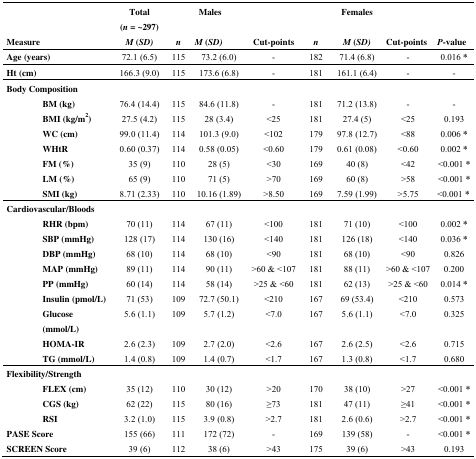
<table><thead><tr><td colspan="3"></td><td><b>Total (<i>n</i> = ~297)</b></td><td></td><td><b>Males</b></td><td></td><td></td><td><b>Females</b></td><td></td><td></td></tr><tr><td colspan="3"><b>Measure</b></td><td><b><i>M</i> (<i>SD)</i></b></td><td><b><i>n</i></b></td><td><b><i>M</i> (<i>SD)</i></b></td><td><b>Cut-points</b></td><td><b><i>n</i></b></td><td><b><i>M</i> (<i>SD)</i></b></td><td><b>Cut-points</b></td><td><b><i>P</i>-value</b></td></tr></thead><tbody><tr><td colspan="3"><b>Age (years)</b></td><td>72.1 (6.5)</td><td>115</td><td>73.2 (6.0)</td><td>-</td><td>182</td><td>71.4 (6.8)</td><td>-</td><td>0.016 *</td></tr><tr><td colspan="3"><b>Ht (cm)</b></td><td>166.3 (9.0)</td><td>115</td><td>173.6 (6.8)</td><td>-</td><td>181</td><td>161.1 (6.4)</td><td>-</td><td>-</td></tr><tr><td colspan="3"><b>Body Composition</b></td><td></td><td></td><td></td><td></td><td></td><td></td><td></td><td></td></tr><tr><td></td><td colspan="2"><b>BM (kg)</b></td><td>76.4 (14.4)</td><td>115</td><td>84.6 (11.8)</td><td>-</td><td>181</td><td>71.2 (13.8)</td><td>-</td><td>-</td></tr><tr><td></td><td colspan="2"><b>BMI (kg/m<sup>2</sup>)</b></td><td>27.5 (4.2)</td><td>115</td><td>28 (3.4)</td><td>&lt;25</td><td>181</td><td>27.4 (5)</td><td>&lt;25</td><td>0.193</td></tr><tr><td></td><td colspan="2"><b>WC (cm)</b></td><td>99.0 (11.4)</td><td>114</td><td>101.3 (9.0)</td><td>&lt;102</td><td>179</td><td>97.8 (12.7)</td><td>&lt;88</td><td>0.006 *</td></tr><tr><td></td><td colspan="2"><b>WHtR</b></td><td>0.60 (0.37)</td><td>114</td><td>0.58 (0.05)</td><td>&lt;0.60</td><td>179</td><td>0.61 (0.08)</td><td>&lt;0.60</td><td>0.002 *</td></tr><tr><td></td><td colspan="2"><b>FM (%)</b></td><td>35 (9)</td><td>110</td><td>28 (5)</td><td>&lt;30</td><td>169</td><td>40 (8)</td><td>&lt;42</td><td>&lt;0.001 *</td></tr><tr><td></td><td colspan="2"><b>LM (%)</b></td><td>65 (9)</td><td>110</td><td>71 (5)</td><td>&gt;70</td><td>169</td><td>60 (8)</td><td>&gt;58</td><td>&lt;0.001 *</td></tr><tr><td></td><td colspan="2"><b>SMI (kg)</b></td><td>8.71 (2.33)</td><td>110</td><td>10.16 (1.89)</td><td>&gt;8.50</td><td>169</td><td>7.59 (1.99)</td><td>&gt;5.75</td><td>&lt;0.001 *</td></tr><tr><td colspan="3"><b>Cardiovascular/Bloods</b></td><td></td><td></td><td></td><td></td><td></td><td></td><td></td><td></td></tr><tr><td colspan="2"></td><td><b>RHR (bpm)</b></td><td>70 (11)</td><td>114</td><td>67 (11)</td><td>&lt;100</td><td>181</td><td>71 (10)</td><td>&lt;100</td><td>0.002 *</td></tr><tr><td colspan="2"></td><td><b>SBP (mmHg)</b></td><td>128 (17)</td><td>114</td><td>130 (16)</td><td>&lt;140</td><td>181</td><td>126 (18)</td><td>&lt;140</td><td>0.036 *</td></tr><tr><td colspan="2"></td><td><b>DBP (mmHg)</b></td><td>68 (10)</td><td>114</td><td>68 (10)</td><td>&lt;90</td><td>181</td><td>68 (10)</td><td>&lt;90</td><td>0.826</td></tr><tr><td colspan="2"></td><td><b>MAP (mmHg)</b></td><td>89 (11)</td><td>114</td><td>90 (11)</td><td>&gt;60 &amp; &lt;107</td><td>181</td><td>88 (11)</td><td>&gt;60 &amp; &lt;107</td><td>0.200</td></tr><tr><td colspan="2"></td><td><b>PP (mmHg)</b></td><td>60 (14)</td><td>114</td><td>58 (14)</td><td>&gt;25 &amp; &lt;60</td><td>181</td><td>62 (13)</td><td>&gt;25 &amp; &lt;60</td><td>0.014 *</td></tr><tr><td colspan="2"></td><td><b>Insulin (pmol/L)</b></td><td>71 (53)</td><td>109</td><td>72.7 (50.1)</td><td>&lt;210</td><td>167</td><td>69 (53.4)</td><td>&lt;210</td><td>0.573</td></tr><tr><td colspan="2"></td><td><b>Glucose (mmol/L)</b></td><td>5.6 (1.1)</td><td>109</td><td>5.7 (1.2)</td><td>&lt;7.0</td><td>167</td><td>5.6 (1.1)</td><td>&lt;7.0</td><td>0.325</td></tr><tr><td colspan="2"></td><td><b>HOMA-IR</b></td><td>2.6 (2.3)</td><td>109</td><td>2.7 (2.0)</td><td>&lt;2.6</td><td>167</td><td>2.6 (2.5)</td><td>&lt;2.6</td><td>0.715</td></tr><tr><td colspan="2"></td><td><b>TG (mmol/L)</b></td><td>1.4 (0.8)</td><td>109</td><td>1.4 (0.7)</td><td>&lt;1.7</td><td>167</td><td>1.3 (0.8)</td><td>&lt;1.7</td><td>0.680</td></tr><tr><td colspan="3"><b>Flexibility/Strength</b></td><td></td><td></td><td></td><td></td><td></td><td></td><td></td><td></td></tr><tr><td></td><td colspan="2"><b>FLEX (cm)</b></td><td>35 (12)</td><td>110</td><td>30 (12)</td><td>&gt;20</td><td>170</td><td>38 (10)</td><td>&gt;27</td><td>&lt;0.001 *</td></tr><tr><td></td><td colspan="2"><b>CGS (kg)</b></td><td>62 (22)</td><td>115</td><td>80 (16)</td><td>≥73</td><td>181</td><td>47 (11)</td><td>≥41</td><td>&lt;0.001 *</td></tr><tr><td></td><td colspan="2"><b>RSI</b></td><td>3.2 (1.0)</td><td>115</td><td>3.9 (0.8)</td><td>&gt;2.7</td><td>181</td><td>2.6 (0.6)</td><td>&gt;2.7</td><td>&lt;0.001 *</td></tr><tr><td></td><td colspan="2"><b>PASE Score</b></td><td>155 (66)</td><td>111</td><td>172 (72)</td><td>-</td><td>169</td><td>139 (58)</td><td>-</td><td>&lt;0.001 *</td></tr><tr><td colspan="3"><b>SCREEN Score</b></td><td>39 (6)</td><td>112</td><td>38 (6)</td><td>&gt;43</td><td>175</td><td>39 (6)</td><td>&gt;43</td><td>0.193</td></tr></tbody></table>